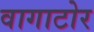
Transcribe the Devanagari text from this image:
वागाटोर